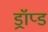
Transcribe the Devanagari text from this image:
ड्रॉप्ड